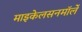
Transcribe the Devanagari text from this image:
माइकेलसनमॉर्ले